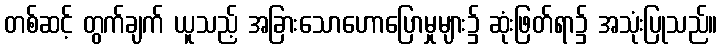
တစ်ဆင့် တွက်ချက် ယူသည့် အခြားသောဟောပြောမှုများ၌ ဆုံးဖြတ်ရာ၌ အသုံးပြုသည်။